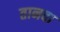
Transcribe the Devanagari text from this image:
तानवा